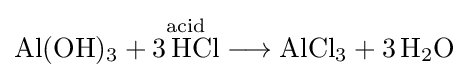
{\mathrm {Al} (\mathrm {OH} ){\vphantom {A}}_{\smash[{t}]{3}}{}+{}{\overset {\mathrm {acid} }{3\,\mathrm {HCl} }}{}\mathrel {\longrightarrow } {}\mathrm {AlCl} {\vphantom {A}}_{\smash[{t}]{3}}{}+{}3\,\mathrm {H} {\vphantom {A}}_{\smash[{t}]{2}}\mathrm {O} }